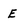
Character: E